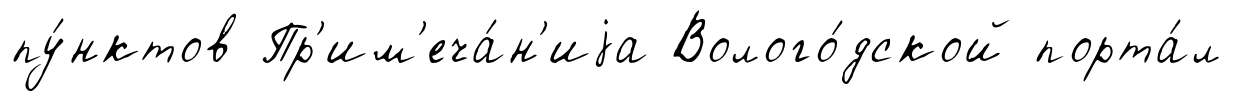
пу́нктов Пр'им'еча́н'иjа Волого́дской порта́л